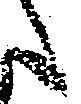
之